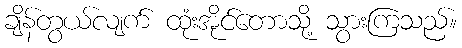
ချိန်တွယ်လျက် ထုံးအိုင်တောသို့ သွားကြသည်။